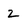
Character: 2